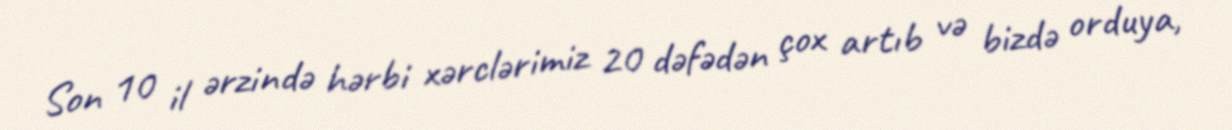
Son 10 il ərzində hərbi xərclərimiz 20 dəfədən çox artıb və bizdə orduya,